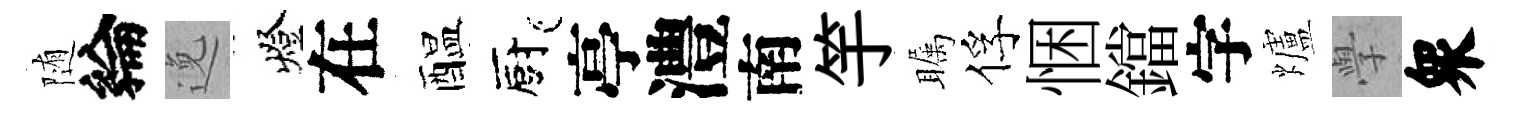
随綸𨓜燈在醖廚亭澧南竽瞩俘悃鐺字爐𭓕衆